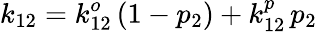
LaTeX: k_{12}=k_{12}^{o}\, (1-p_{2})+k_{12}^{p}\, p_{2}